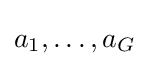
a_{1},\dots ,a_{G}